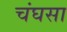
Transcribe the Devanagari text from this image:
चंघसा